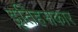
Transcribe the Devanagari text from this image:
इतिहसकार